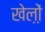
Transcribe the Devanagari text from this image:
खेल़ो़ं